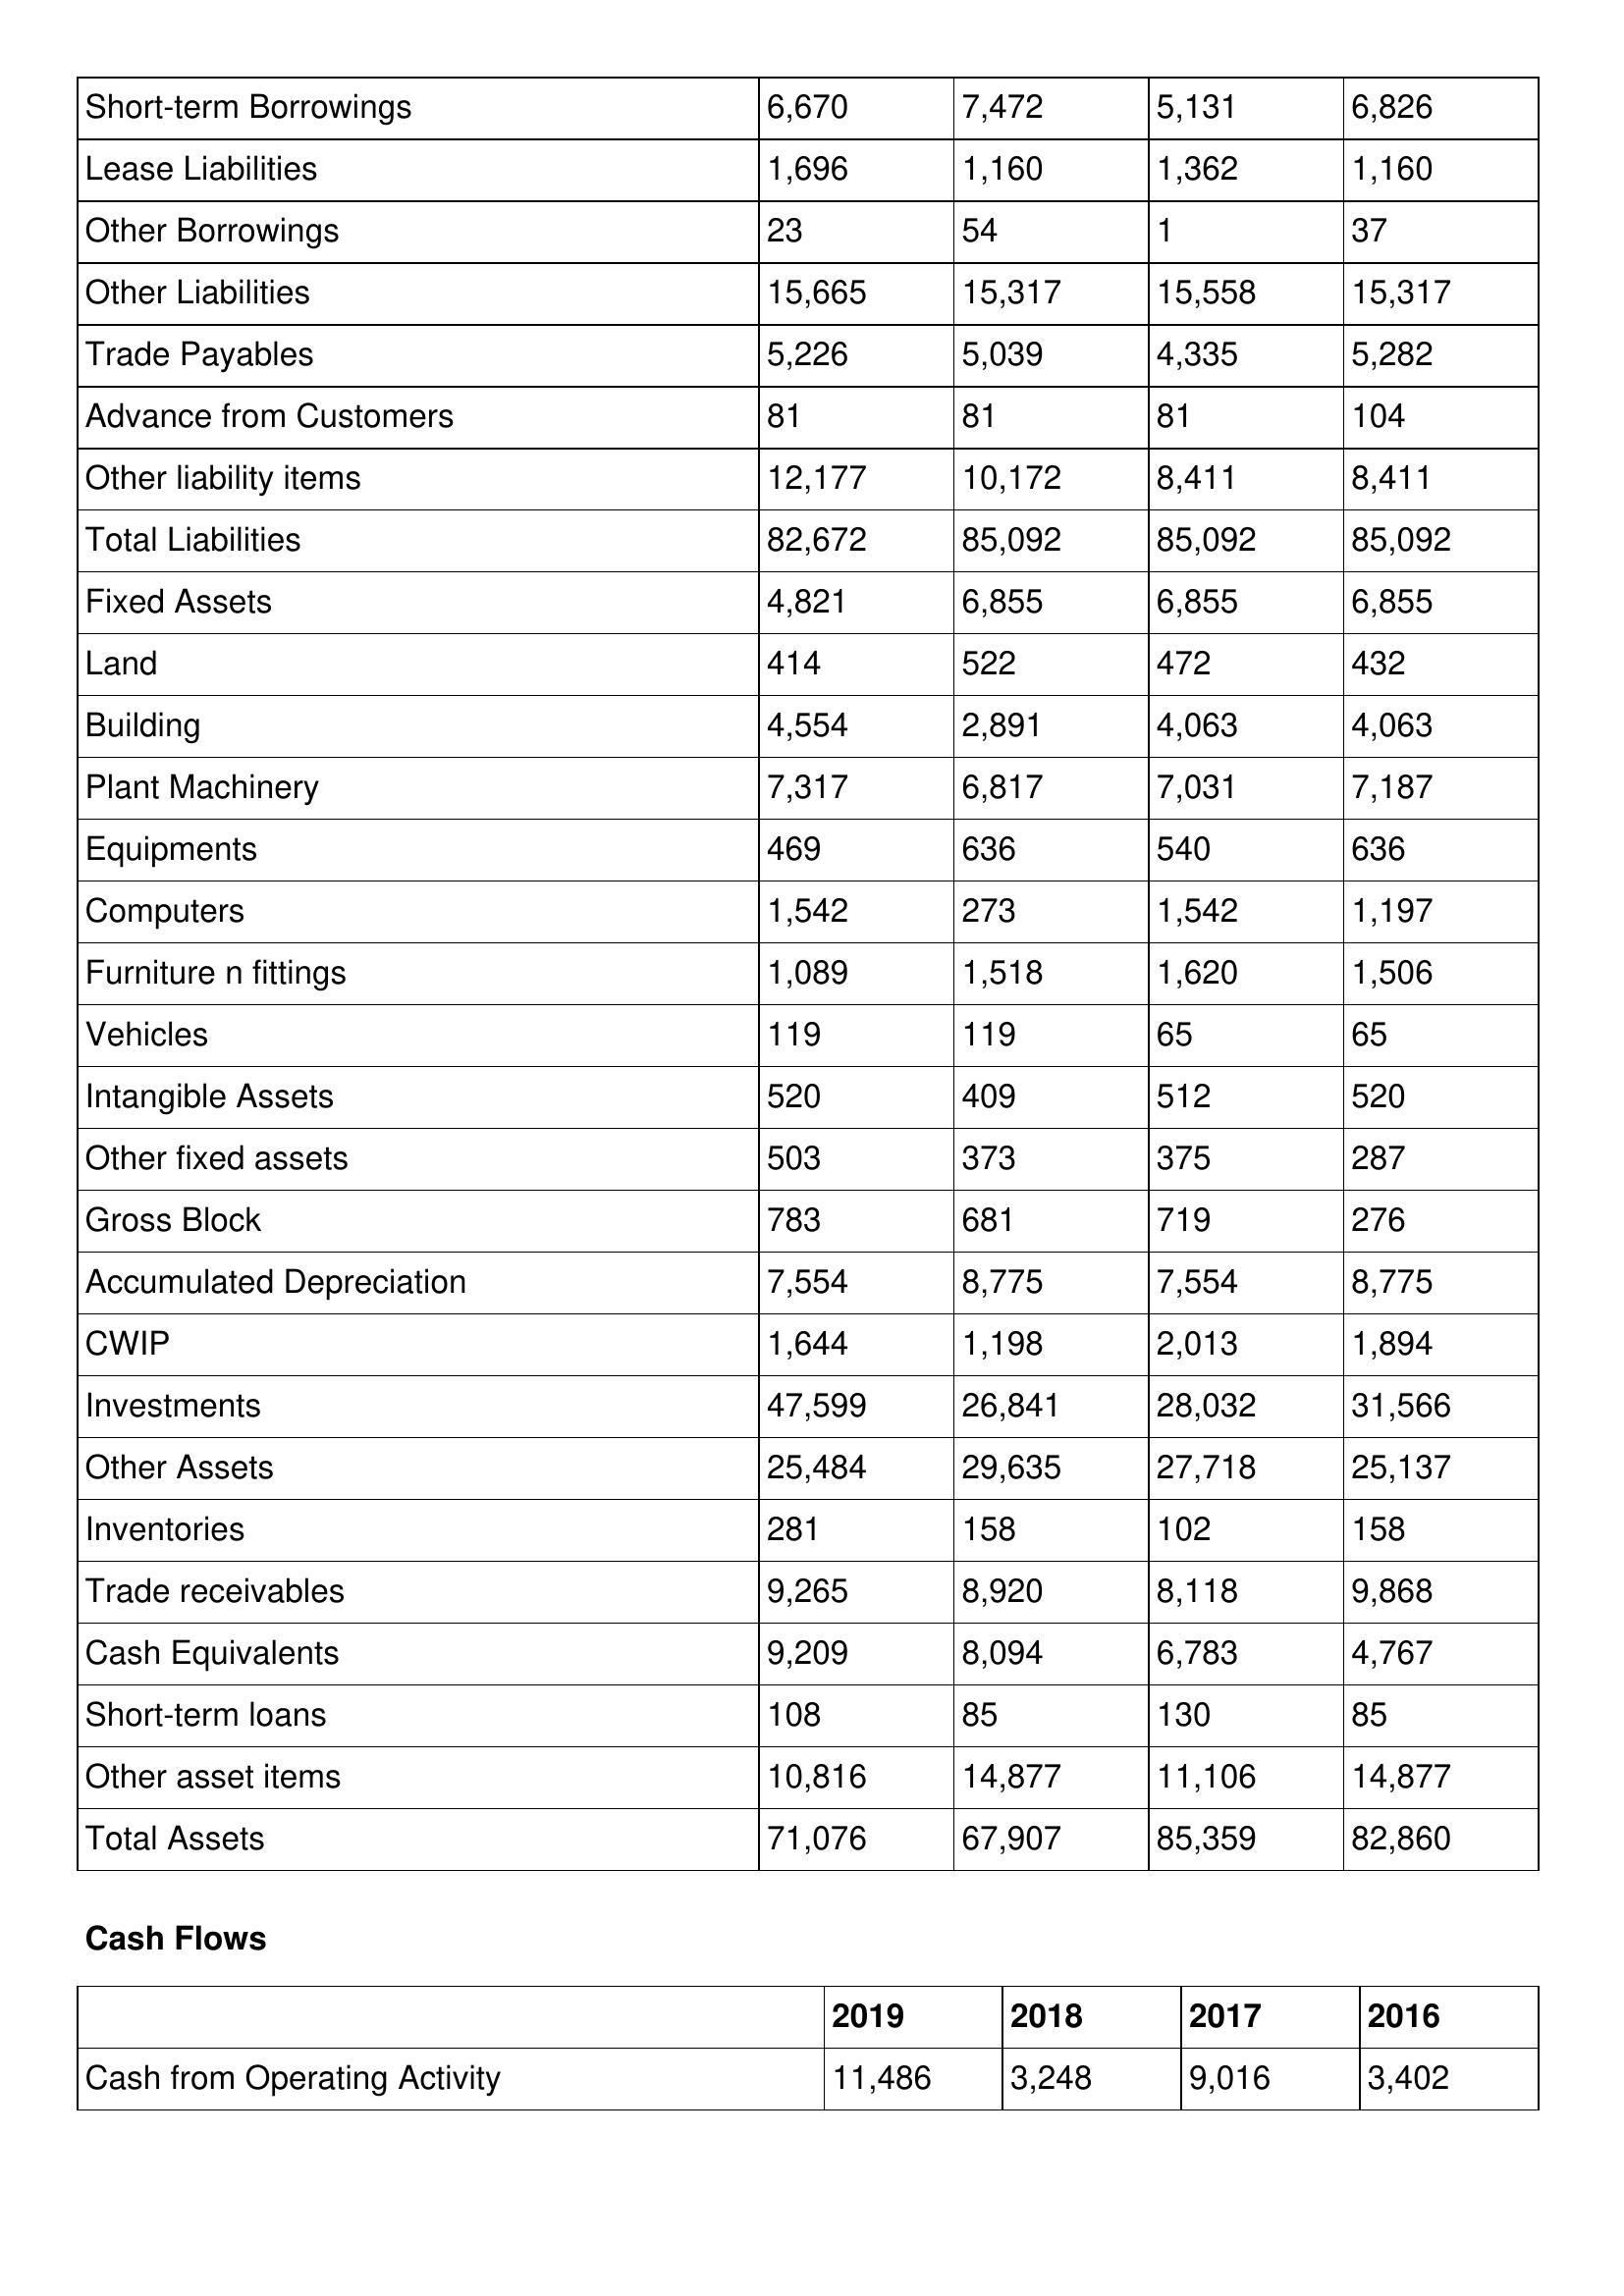
gt_parse: 2019: Balance Sheet: Short-term Borrowings: 6,670
Lease Liabilities: 1,696
Other Borrowings: 23
Other Liabilities: 15,665
Trade Payables: 5,226
Advance from Customers: 81
Other liability items: 12,177
Total Liabilities: 82,672
Fixed Assets: 4,821
Land: 414
Building: 4,554
Plant Machinery: 7,317
Equipments: 469
Computers: 1,542
Furniture n fittings: 1,089
Vehicles: 119
Intangible Assets: 520
Other fixed assets: 503
Gross Block: 783
Accumulated Depreciation: 7,554
CWIP: 1,644
Investments: 47,599
Other Assets: 25,484
Inventories: 281
Trade receivables: 9,265
Cash Equivalents: 9,209
Short-term loans: 108
Other asset items: 10,816
Total Assets: 71,076
Cash Flows: Cash from Operating Activity: 11,486
2018: Balance Sheet: Short-term Borrowings: 7,472
Lease Liabilities: 1,160
Other Borrowings: 54
Other Liabilities: 15,317
Trade Payables: 5,039
Advance from Customers: 81
Other liability items: 10,172
Total Liabilities: 85,092
Fixed Assets: 6,855
Land: 522
Building: 2,891
Plant Machinery: 6,817
Equipments: 636
Computers: 273
Furniture n fittings: 1,518
Vehicles: 119
Intangible Assets: 409
Other fixed assets: 373
Gross Block: 681
Accumulated Depreciation: 8,775
CWIP: 1,198
Investments: 26,841
Other Assets: 29,635
Inventories: 158
Trade receivables: 8,920
Cash Equivalents: 8,094
Short-term loans: 85
Other asset items: 14,877
Total Assets: 67,907
Cash Flows: Cash from Operating Activity: 3,248
2017: Balance Sheet: Short-term Borrowings: 5,131
Lease Liabilities: 1,362
Other Borrowings: 1
Other Liabilities: 15,558
Trade Payables: 4,335
Advance from Customers: 81
Other liability items: 8,411
Total Liabilities: 85,092
Fixed Assets: 6,855
Land: 472
Building: 4,063
Plant Machinery: 7,031
Equipments: 540
Computers: 1,542
Furniture n fittings: 1,620
Vehicles: 65
Intangible Assets: 512
Other fixed assets: 375
Gross Block: 719
Accumulated Depreciation: 7,554
CWIP: 2,013
Investments: 28,032
Other Assets: 27,718
Inventories: 102
Trade receivables: 8,118
Cash Equivalents: 6,783
Short-term loans: 130
Other asset items: 11,106
Total Assets: 85,359
Cash Flows: Cash from Operating Activity: 9,016
2016: Balance Sheet: Short-term Borrowings: 6,826
Lease Liabilities: 1,160
Other Borrowings: 37
Other Liabilities: 15,317
Trade Payables: 5,282
Advance from Customers: 104
Other liability items: 8,411
Total Liabilities: 85,092
Fixed Assets: 6,855
Land: 432
Building: 4,063
Plant Machinery: 7,187
Equipments: 636
Computers: 1,197
Furniture n fittings: 1,506
Vehicles: 65
Intangible Assets: 520
Other fixed assets: 287
Gross Block: 276
Accumulated Depreciation: 8,775
CWIP: 1,894
Investments: 31,566
Other Assets: 25,137
Inventories: 158
Trade receivables: 9,868
Cash Equivalents: 4,767
Short-term loans: 85
Other asset items: 14,877
Total Assets: 82,860
Cash Flows: Cash from Operating Activity: 3,402